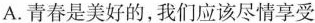
A.青春是美好的，我们应该尽情享受